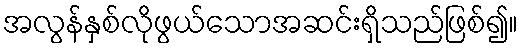
အလွန်နှစ်လိုဖွယ်သောအဆင်းရှိသည်ဖြစ်၍။